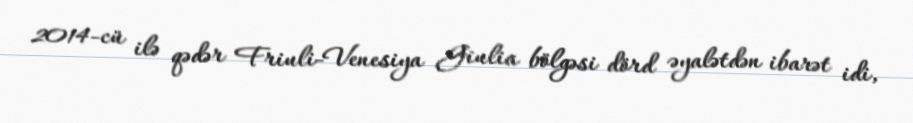
2014-cü ilə qədər Friuli-Venesiya Giulia bölgəsi dörd əyalətdən ibarət idi,